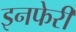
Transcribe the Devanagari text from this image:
इनफेरी